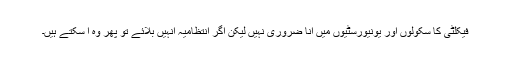
فیکلٹی کا سکولوں اور یونیورسٹیوں میں آنا ضروری نہیں لیکن اگر انتظامیہ انہیں بلائے تو پھر وہ آ سکتے ہیں۔